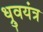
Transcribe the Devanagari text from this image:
ध्रुवयंत्र